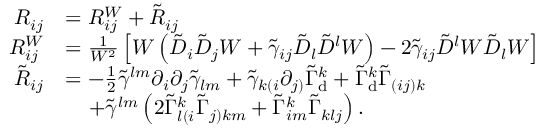
\begin{array} { r l } { R _ { i j } } & { = R _ { i j } ^ { W } + \tilde { R } _ { i j } } \\ { R _ { i j } ^ { W } } & { = \frac { 1 } { W ^ { 2 } } \left[ W \left( \tilde { D } _ { i } \tilde { D } _ { j } W + \tilde { \gamma } _ { i j } \tilde { D } _ { l } \tilde { D } ^ { l } W \right) - 2 \tilde { \gamma } _ { i j } \tilde { D } ^ { l } W \tilde { D } _ { l } W \right] } \\ { \tilde { R } _ { i j } } & { = - \frac { 1 } { 2 } \tilde { \gamma } ^ { l m } \partial _ { i } \partial _ { j } \tilde { \gamma } _ { l m } + \tilde { \gamma } _ { k ( i } \partial _ { j ) } \tilde { \Gamma } _ { \mathrm { d } } ^ { k } + \tilde { \Gamma } _ { \mathrm { d } } ^ { k } \tilde { \Gamma } _ { ( i j ) k } } \\ & { \; \; \; \; + \tilde { \gamma } ^ { l m } \left( 2 \tilde { \Gamma } _ { l ( i } ^ { k } \tilde { \Gamma } _ { j ) k m } + \tilde { \Gamma } _ { i m } ^ { k } \tilde { \Gamma } _ { k l j } \right) . } \end{array}